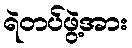
ရဲတပ်ဖွဲ့အား